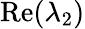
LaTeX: \mathrm{Re}(\lambda_{2})